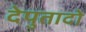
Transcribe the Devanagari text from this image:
देपुतादो